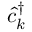
\hat { c } _ { k } ^ { \dagger }